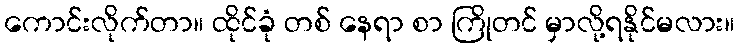
ကောင်းလိုက်တာ။ ထိုင်ခုံ တစ် နေရာ စာ ကြိုတင် မှာလို့ရနိုင်မလား။